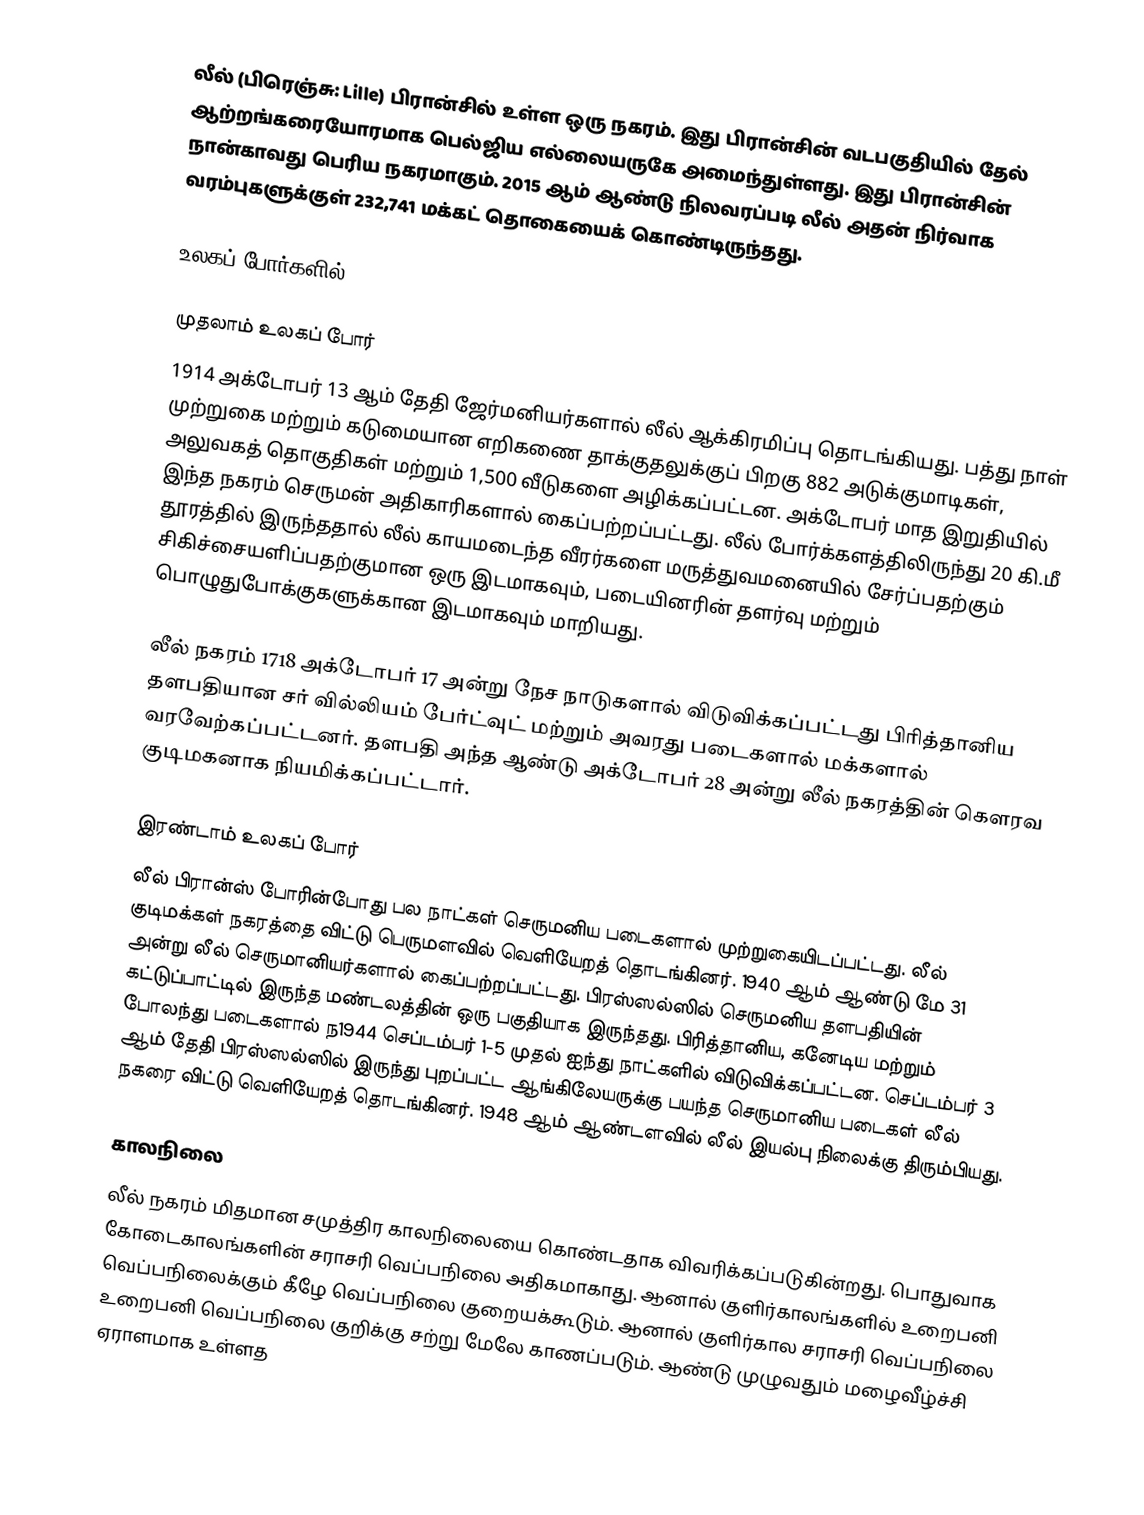
லீல் (பிரெஞ்சு: Lille) பிரான்சில் உள்ள ஒரு நகரம். இது பிரான்சின் வடபகுதியில் தேல் ஆற்றங்கரையோரமாக பெல்ஜிய எல்லையருகே அமைந்துள்ளது. இது பிரான்சின் நான்காவது பெரிய நகரமாகும். 2015 ஆம் ஆண்டு நிலவரப்படி லீல் அதன் நிர்வாக வரம்புகளுக்குள் 232,741 மக்கட் தொகையைக் கொண்டிருந்தது.

உலகப் போர்களில்

முதலாம் உலகப் போர்
1914 அக்டோபர் 13 ஆம் தேதி ஜேர்மனியர்களால் லீல் ஆக்கிரமிப்பு தொடங்கியது. பத்து நாள் முற்றுகை மற்றும் கடுமையான எறிகணை தாக்குதலுக்குப் பிறகு 882 அடுக்குமாடிகள், அலுவகத் தொகுதிகள் மற்றும் 1,500 வீடுகளை அழிக்கப்பட்டன. அக்டோபர் மாத இறுதியில் இந்த நகரம் செருமன் அதிகாரிகளால் கைப்பற்றப்பட்டது. லீல் போர்க்களத்திலிருந்து 20 கி.மீ தூரத்தில் இருந்ததால் லீல் காயமடைந்த வீரர்களை மருத்துவமனையில் சேர்ப்பதற்கும் சிகிச்சையளிப்பதற்குமான ஒரு இடமாகவும், படையினரின் தளர்வு மற்றும் பொழுதுபோக்குகளுக்கான இடமாகவும் மாறியது.

லீல் நகரம் 1718 அக்டோபர் 17 அன்று நேச நாடுகளால் விடுவிக்கப்பட்டது பிரித்தானிய தளபதியான சர் வில்லியம் பேர்ட்வுட் மற்றும் அவரது படைகளால் மக்களால் வரவேற்கப்பட்டனர். தளபதி அந்த ஆண்டு அக்டோபர் 28 அன்று லீல் நகரத்தின்  கௌரவ குடிமகனாக நியமிக்கப்பட்டார்.

இரண்டாம் உலகப் போர்
லீல் பிரான்ஸ் போரின்போது  பல நாட்கள் செருமனிய படைகளால் முற்றுகையிடப்பட்டது. லீல் குடிமக்கள் நகரத்தை விட்டு பெருமளவில் வெளியேறத் தொடங்கினர். 1940 ஆம் ஆண்டு மே 31 அன்று லீல் செருமானியர்களால் கைப்பற்றப்பட்டது. பிரஸ்ஸல்ஸில் செருமனிய தளபதியின் கட்டுப்பாட்டில் இருந்த மண்டலத்தின் ஒரு பகுதியாக இருந்தது. பிரித்தானிய, கனேடிய மற்றும் போலந்து படைகளால் ந1944 செப்டம்பர் 1-5 முதல் ஐந்து நாட்களில் விடுவிக்கப்பட்டன. செப்டம்பர் 3 ஆம் தேதி பிரஸ்ஸல்ஸில் இருந்து புறப்பட்ட ஆங்கிலேயருக்கு பயந்த செருமானிய படைகள் லீல் நகரை விட்டு வெளியேறத் தொடங்கினர். 1948 ஆம் ஆண்டளவில் லீல் இயல்பு நிலைக்கு திரும்பியது.

காலநிலை
லீல் நகரம்  மிதமான சமுத்திர காலநிலையை கொண்டதாக விவரிக்கப்படுகின்றது. பொதுவாக கோடைகாலங்களின் சராசரி வெப்பநிலை அதிகமாகாது. ஆனால் குளிர்காலங்களில்  உறைபனி வெப்பநிலைக்கும் கீழே வெப்பநிலை குறையக்கூடும். ஆனால் குளிர்கால சராசரி வெப்பநிலை உறைபனி வெப்பநிலை குறிக்கு சற்று மேலே காணப்படும். ஆண்டு முழுவதும் மழைவீழ்ச்சி ஏராளமாக உள்ளத